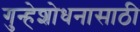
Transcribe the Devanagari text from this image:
गुन्हेशोधनासाठी